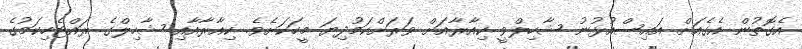
އެގޮތުން އެގެއަށް އައިސްއުޅުނު ޝާހިލްވީ ކިއާރާއަށް ވަރަށްކަމުދިޔަ މީހަކަށެވެ. ކިއާރާއާއި ޝާހިލްގެ ރައްޓެހިކަމުގެ